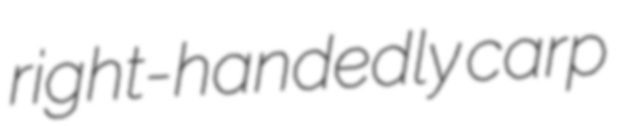
right-handedly carp